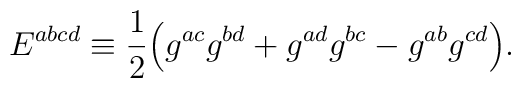
E^{abcd} \equiv {1\over 2}\Bigr(g^{ac}g^{bd}+g^{ad}g^{bc}-g^{ab}g^{cd}\Bigr).